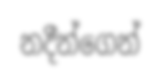
නදීන්ගෙන්